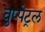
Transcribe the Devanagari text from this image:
वुप्‍पेट्रल